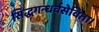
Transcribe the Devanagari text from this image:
सिद्धगन्धर्वसेविता।